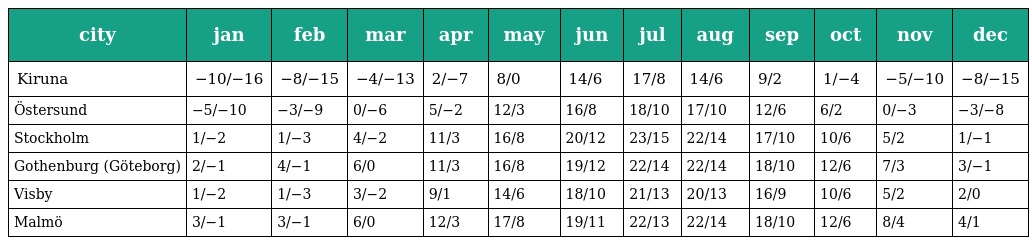
| city | jan | feb | mar | apr | may | jun | jul | aug | sep | oct | nov | dec |
 | --- | --- | --- | --- | --- | --- | --- | --- | --- | --- | --- | --- | --- |
 | Kiruna | −10/−16 | −8/−15 | −4/−13 | 2/−7 | 8/0 | 14/6 | 17/8 | 14/6 | 9/2 | 1/−4 | −5/−10 | −8/−15 |
 | Östersund | −5/−10 | −3/−9 | 0/−6 | 5/−2 | 12/3 | 16/8 | 18/10 | 17/10 | 12/6 | 6/2 | 0/−3 | −3/−8 |
 | Stockholm | 1/−2 | 1/−3 | 4/−2 | 11/3 | 16/8 | 20/12 | 23/15 | 22/14 | 17/10 | 10/6 | 5/2 | 1/−1 |
 | Gothenburg (Göteborg) | 2/−1 | 4/−1 | 6/0 | 11/3 | 16/8 | 19/12 | 22/14 | 22/14 | 18/10 | 12/6 | 7/3 | 3/−1 |
 | Visby | 1/−2 | 1/−3 | 3/−2 | 9/1 | 14/6 | 18/10 | 21/13 | 20/13 | 16/9 | 10/6 | 5/2 | 2/0 |
 | Malmö | 3/−1 | 3/−1 | 6/0 | 12/3 | 17/8 | 19/11 | 22/13 | 22/14 | 18/10 | 12/6 | 8/4 | 4/1 |